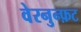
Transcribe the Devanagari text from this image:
वेरनुन्फ़ट